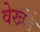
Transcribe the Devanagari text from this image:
वेखंडे